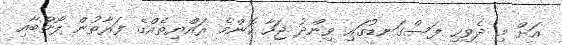
އަށް މި ދެވިހި ފަސްގަނޑުގައި ވިންދު ޖަހާ ކޮންމެ ރައްޔިތެެއްގެ ފަރާތުން ލޯތްބާއި